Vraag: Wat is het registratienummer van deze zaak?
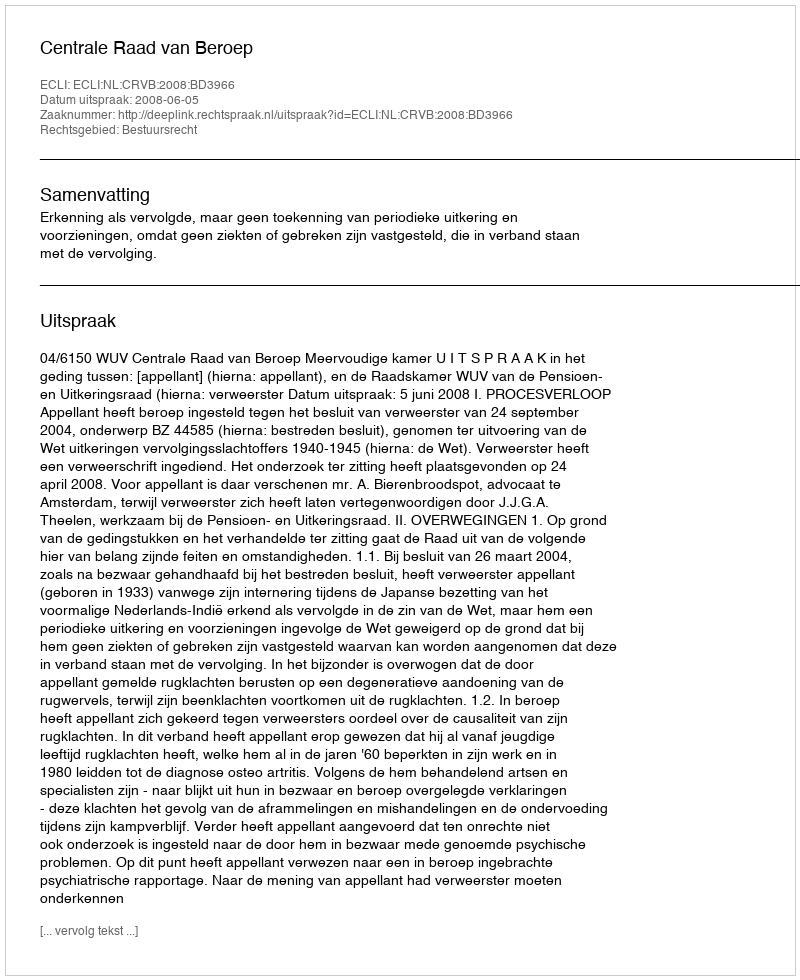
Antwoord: http://deeplink.rechtspraak.nl/uitspraak?id=ECLI:NL:CRVB:2008:BD3966